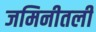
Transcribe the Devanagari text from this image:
जमिनीतली